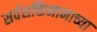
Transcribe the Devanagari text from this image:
सर्वशक्तिमानाच्या